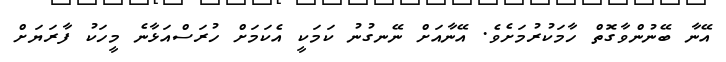
އޭނާ ބޭނުންވާގޮތް ހާމަކުރުމަށެވެ. އޭނާއަށް ނޭނގުނު ކަމަކީ އެކަމަށް ހުރަސްއަޅާނެ މީހަކު ފާރަޔަށް